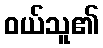
ဝယ်သူ၏